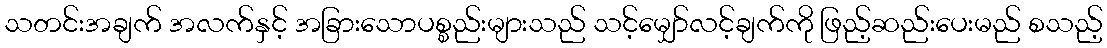
သတင်းအချက် အလက်နှင့် အခြားသောပစ္စည်းများသည် သင့်မျှော်လင့်ချက်ကို ဖြည့်ဆည်းပေးမည် စသည့်